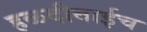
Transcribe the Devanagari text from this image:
हळदीबाईच